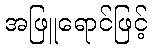
အဖြူရောင်ဖြင့်